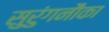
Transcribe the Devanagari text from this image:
सुरुंगनौका